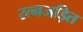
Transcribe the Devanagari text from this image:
रत्नजड़ित